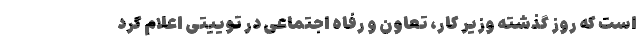
است که روز گذشته وزیر کار، تعاون و رفاه اجتماعی در توییتی اعلام کرد